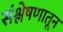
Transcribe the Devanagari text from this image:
संश्लेषणातून